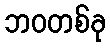
ဘဝတစ်ခု